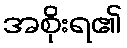
အစိုးရ၏